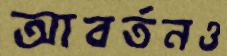
আবর্তনও